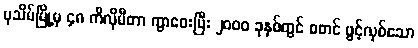
ပုသိမ်မြို့မှ ၄၈ ကီလိုမီတာ ကွာဝေးပြီး ၂၀၀၀ ခုနှစ်တွင် စတင် ဖွင့်လှစ်သော